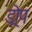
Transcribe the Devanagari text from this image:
ड्रोप